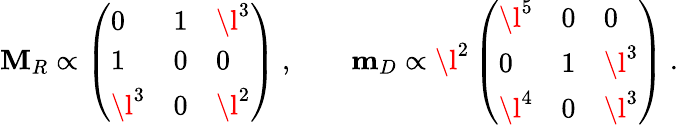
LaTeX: \mathbf M_{R}\propto\left(\begin{array}{lll}{{0}}&{{1}}&{{\l^{3}}}\\ {{1}}&{{0}}&{{0}}\\ {{\l^{3}}}&{{0}}&{{\l^{2}}}\end{array}\right)\ ,\qquad\mathbf m_{D}\propto\mathrm{\l^{2}}\left(\begin{array}{lll}{{\l^{5}}}&{{0}}&{{0}}\\ {{0}}&{{1}}&{{\l^{3}}}\\ {{\l^{4}}}&{{0}}&{{\l^{3}}}\end{array}\right)\ .